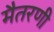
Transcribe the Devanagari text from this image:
मैतरणी